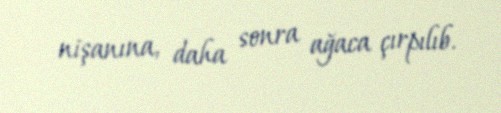
nişanına, daha sonra ağaca çırpılıb.